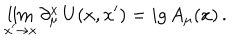
\lim _ { x ^ { \prime } \to x } \partial _ { \mu } ^ { x } \, U ( x , x ^ { \prime } ) = i g \, A _ { \mu } ( x ) \, .